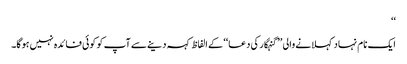
‘‘
ایک نام نہاد کہلانے والی ’’گنہگار کی دعا‘‘ کے الفاظ کہہ دینےسے آپ کو کوئی فائدہ نہیں ہوگا۔